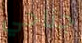
جناحي